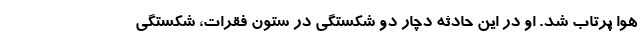
هوا پرتاب شد. او در این حادثه دچار دو شکستگی در ستون فقرات، شکستگی